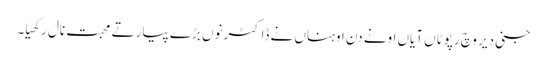
جنی دیر وچ رپوٹاں آیاں اونے دن اوہناں نے ڈاکٹر نوں بڑے پیار تے محبت نال رکھیا۔